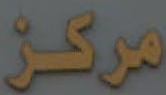
مركز